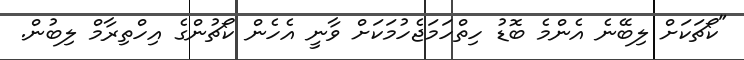
"ކޯޗަކަށް ލިބޭނެ އެންމެ ބޮޑު ހިތްހަމަޖެހުމަކަށް ވާނީ އެހެން ކޯޗުންގެ އިހްތިރާމް ލިބުން.